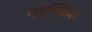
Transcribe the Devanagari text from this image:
नाम्बिया